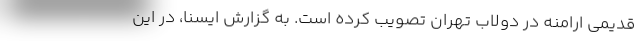
قدیمی ارامنه در دولاب تهران تصویب کرده است. به گزارش ایسنا، در این